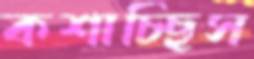
কশাচ্ছিস